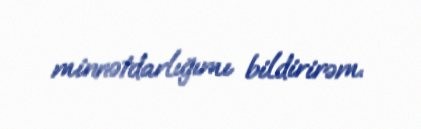
minnətdarlığımı bildirirəm.